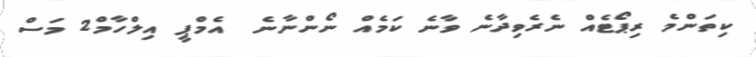
ކިތަންމެ ރިޕޯޓެއް ނެރެވިދާނެ ވާނެ ކަމެއް ނޯންނާނެ  އެމްޕީ އިލްހާމް2 މަސް